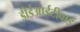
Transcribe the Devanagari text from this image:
डीईआईटीवाई